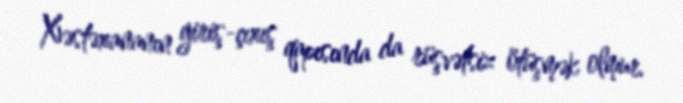
Xəstəxananın giriş-çıxış qapısında da rüşvətsiz ötüşmək olmur.